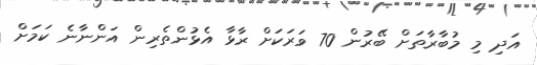
އަދި މި މުބާރާތަށް ބޭރުން 70 ވަރަކަށް ރާޅާ އެޅުންތެރިން އަންނާނެ ކަމަށް